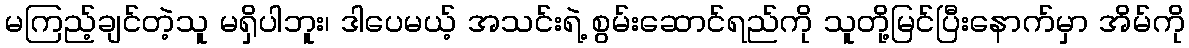
မကြည့်ချင်တဲ့သူ မရှိပါဘူး၊ ဒါပေမယ့် အသင်းရဲ့ စွမ်းဆောင်ရည်ကို သူတို့မြင်ပြီးနောက်မှာ အိမ်ကို